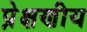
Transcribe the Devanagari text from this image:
प्रे़क्षणीय